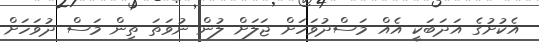
އެކުށުގެ އަދަބަކީ އެއް މަސްދުވަހަށް ޖަލަށް ލުން ނުވަތަ ތިން މަސް ދުވަހަށް